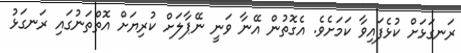
ރަނގަޅަށް ކުޅެފައިވާ ކަމަށެވެ. އެގޮތުން އޭނާ ވަނީ ނޭޕާލަށް ކުރިޔަށް އޮތްތަނުގައި ރަނގަޅު